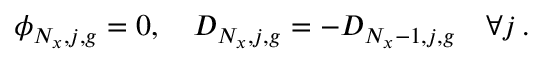
\phi _ { N _ { x } , j , g } = 0 , \quad D _ { N _ { x } , j , g } = - D _ { N _ { x } - 1 , j , g } \quad \forall j \, .